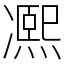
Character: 𠘕